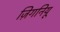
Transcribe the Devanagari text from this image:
ज़िगनियू